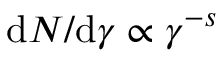
\mathrm { d } N / \mathrm { d } \gamma \propto \gamma ^ { - s }